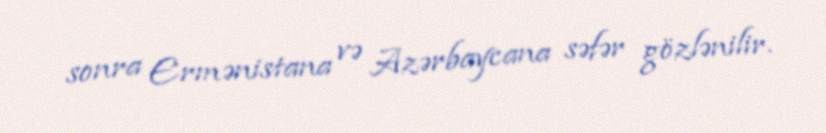
sonra Ermənistana və Azərbaycana səfər gözlənilir.